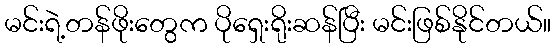
မင်းရဲ့တန်ဖိုးတွေက ပိုရှေးရိုးဆန်ပြီး မင်းဖြစ်နိုင်တယ်။